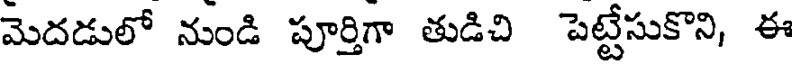
మెదడులో నుండి పూర్తిగా తుడిచి పెట్టేసుకొని, ఈ